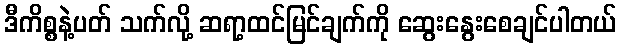
ဒီကိစ္စနဲ့ပတ် သက်လို့ ဆရာ့ထင်မြင်ချက်ကို ဆွေးနွေးစေချင်ပါတယ်